Maemoisa_(Sinalepa)_vallavalitsus, lk 14
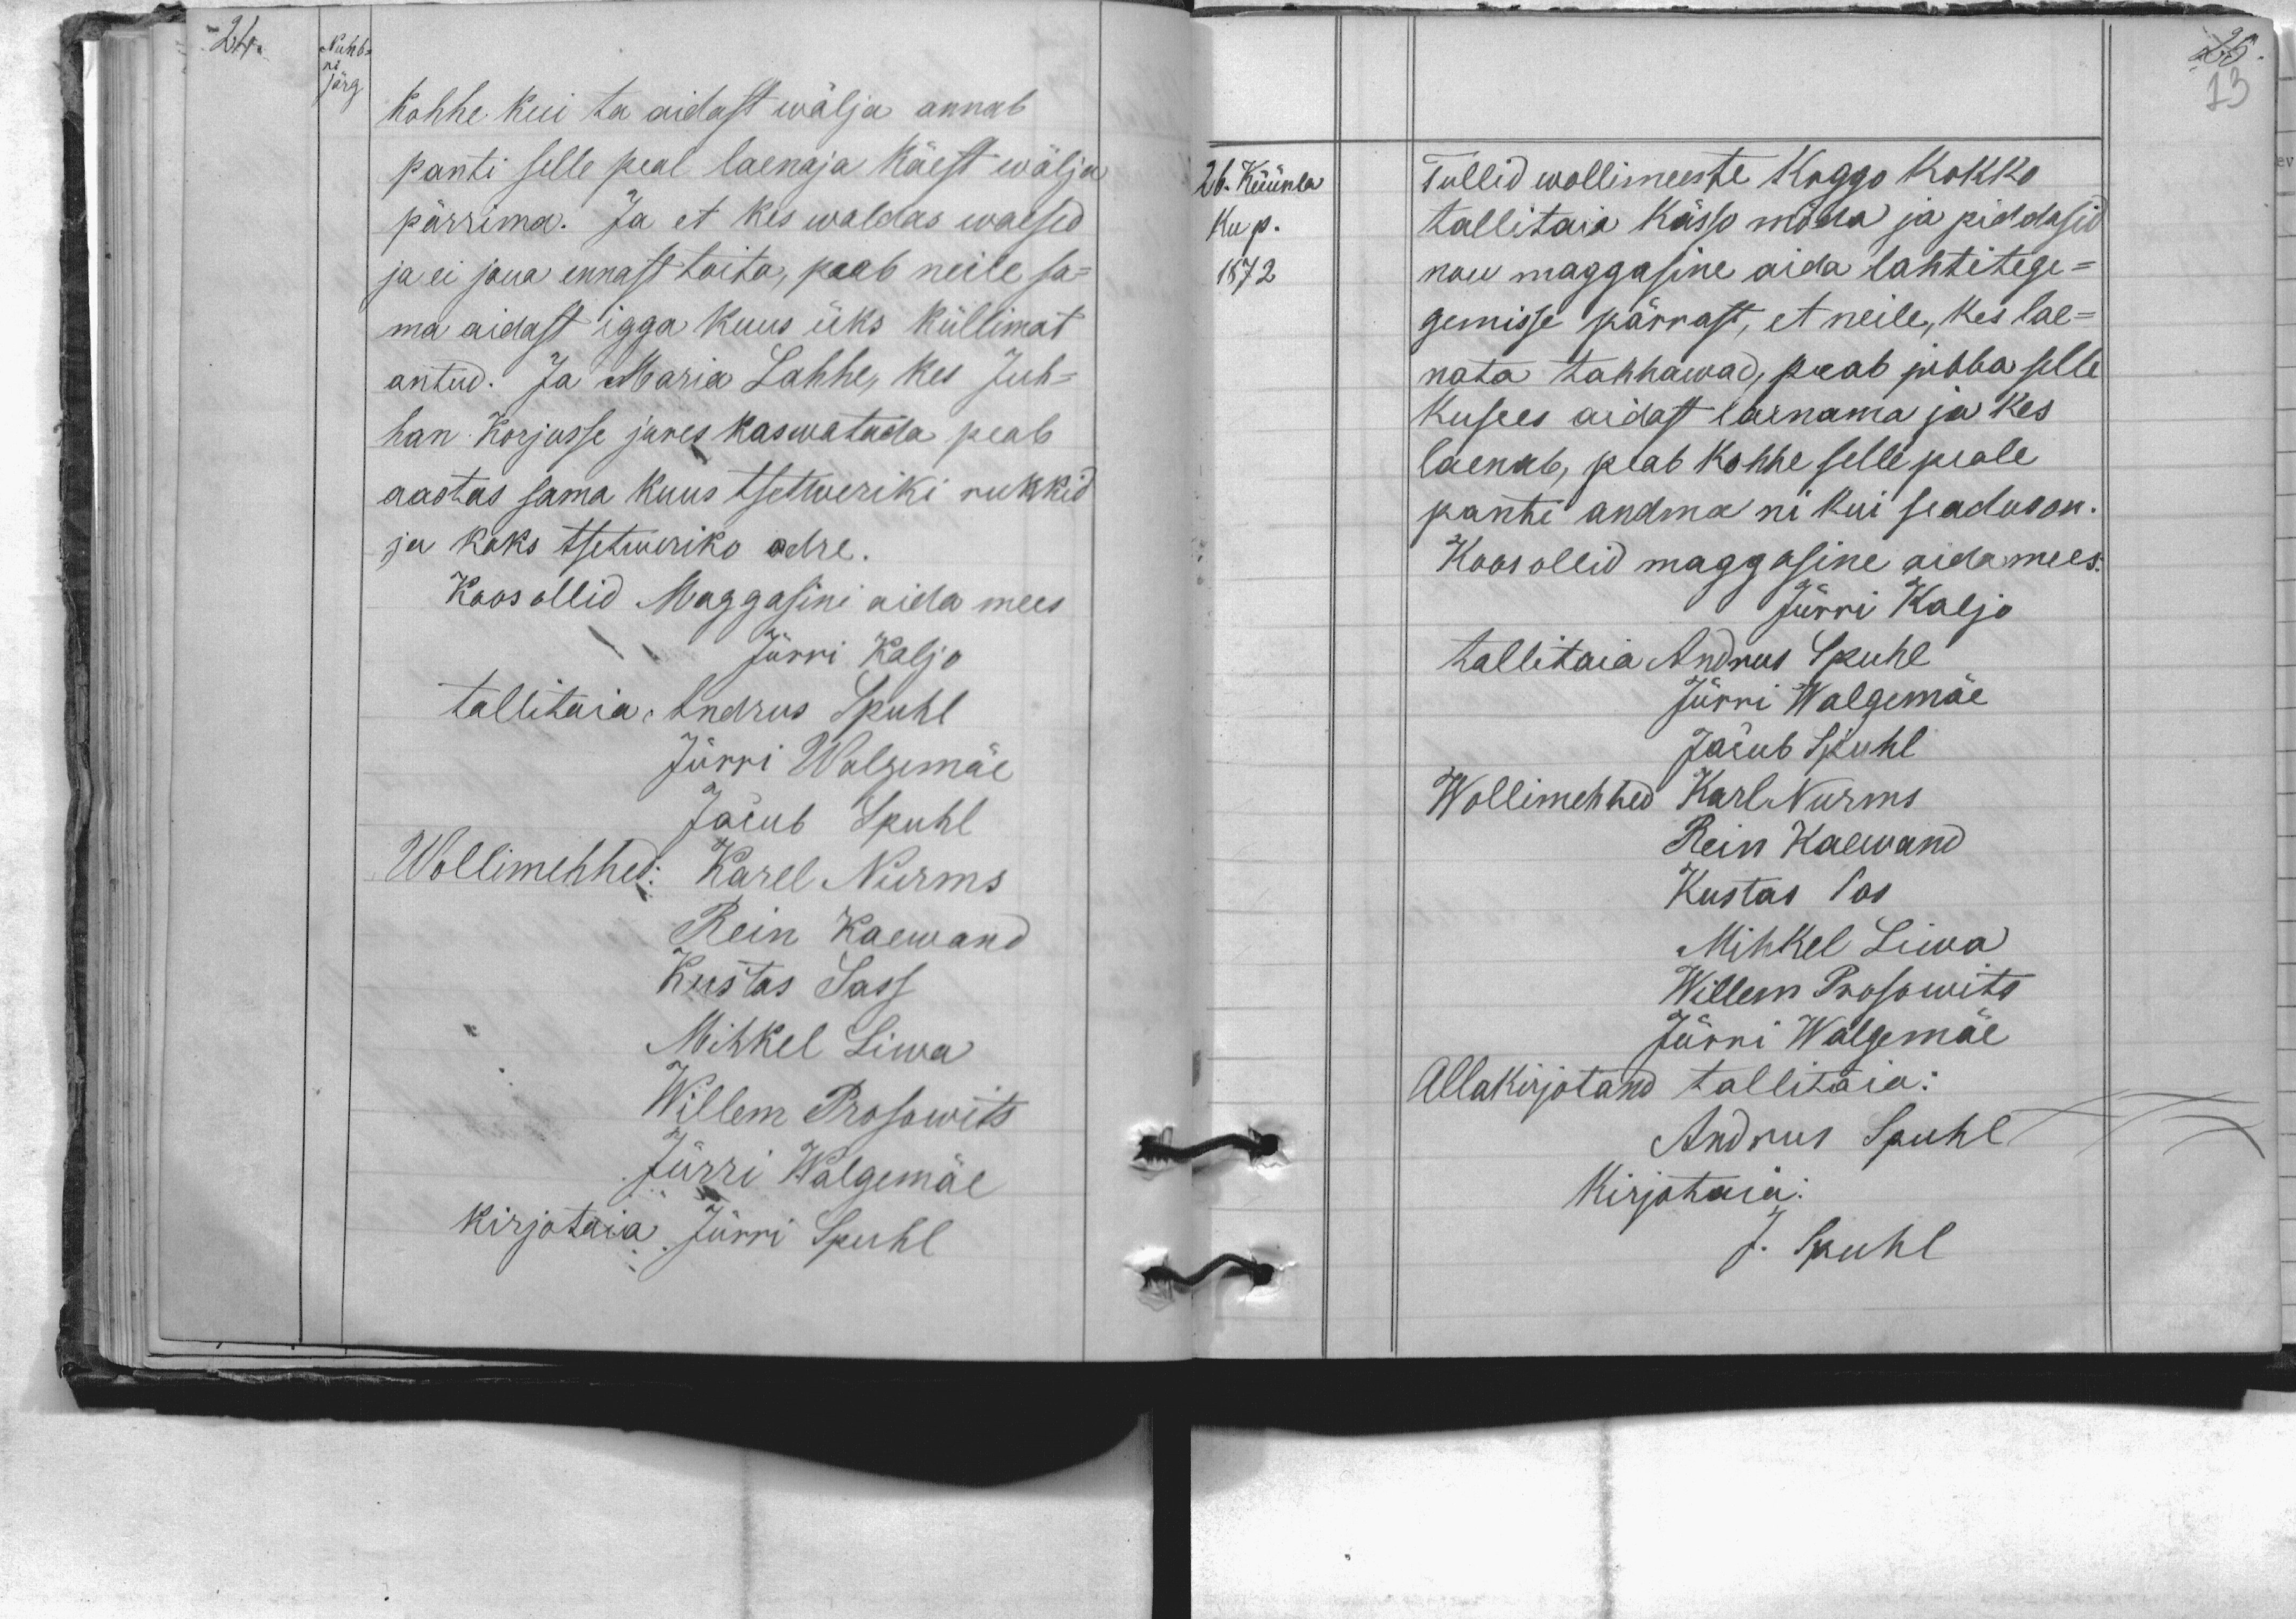
Numb-
Kohhe kui ta aidast wälja annab
panti selle peal laenaja käest wälja
pärrima. Ja et kes waldas waesed
ja ei joua ennast toita, peab neile sa-
ma aidast igga kuus üks küllimat
antud. Ja Maria Lahhe, kes Juh-
han Korjusse jures kaswatada peab
aastas sama kuus tsetweriki rukkid
ja kaks tsetweriko odre.
Koos ollid Maggasini aida mees
Jürri Kaljo
tallitaia Andrus Spuhl
Jürri Walgemäe
Jacub Spuhl
Wollimehhed: Karel Nurms
Rein Kaewand
Kustas Sass
Mihkel Liwa
Willem Prosowits
Jürri Walgemäe
kirjotaia Jürri Spuhl

26. Küünla
Tullid wollimeeste koggo kokko
kup.
tallitaia kässo möda ja piddasid
1872
nou maggasine aida lahtitegi-
gemisse pärrast, et neile, kes lae-
nata tahhawad, peab jubba selle
kusees aidast laenama ja kes
laenab, peab kohhe selle peale,
panti andma ni kui seadus on.
Koos ollid maggasine aidamees:
Jürri Kaljo
tallitaia Andrus Spuhl
Jürri Walgemäe
Jacub Spuhl
Wollimehhed Karl Nurms
Rein Kaewand
Kustas Sas
Mihkel Liwa
Willem Prosowits
Jürri Walgemäe
Allakirjotand tallitaia:
Andrus Spuhl
Kirjotaia:
J. Spuhl